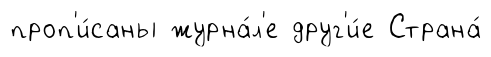
проп'и́саны журна́л'е друг'и́е Страна́